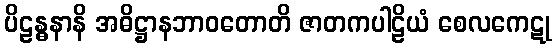
ပိဠန္ဓနာနိ အဓိဋ္ဌာနဘာဝတောတိ ဇာတကပါဠိယံ စေလကေဋု